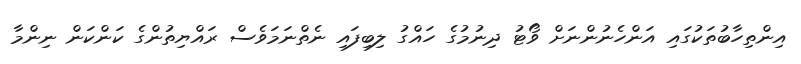
އިންތިހާބުތަކުގައި އަންހެނުންނަށް ވޯޓު ދިނުމުގެ ހައްގު ލިބިފައި ނެތްނަމަވެސް ރައްޔިތުންގެ ކަންކަން ނިންމާ